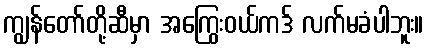
ကျွန်တော်တို့ဆီမှာ အကြွေးဝယ်ကဒ် လက်မခံပါဘူး။